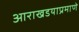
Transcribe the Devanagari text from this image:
आराखडयाप्रमाणे